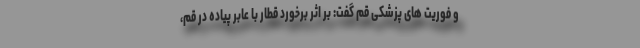
و فوریت های پزشکی قم گفت: بر اثر برخورد قطار با عابر پیاده در قم،